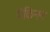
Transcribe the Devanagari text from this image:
मैकिनन